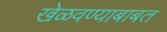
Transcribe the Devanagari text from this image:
खेळवण्याबाबत